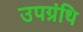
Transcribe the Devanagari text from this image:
उपग्रंथि